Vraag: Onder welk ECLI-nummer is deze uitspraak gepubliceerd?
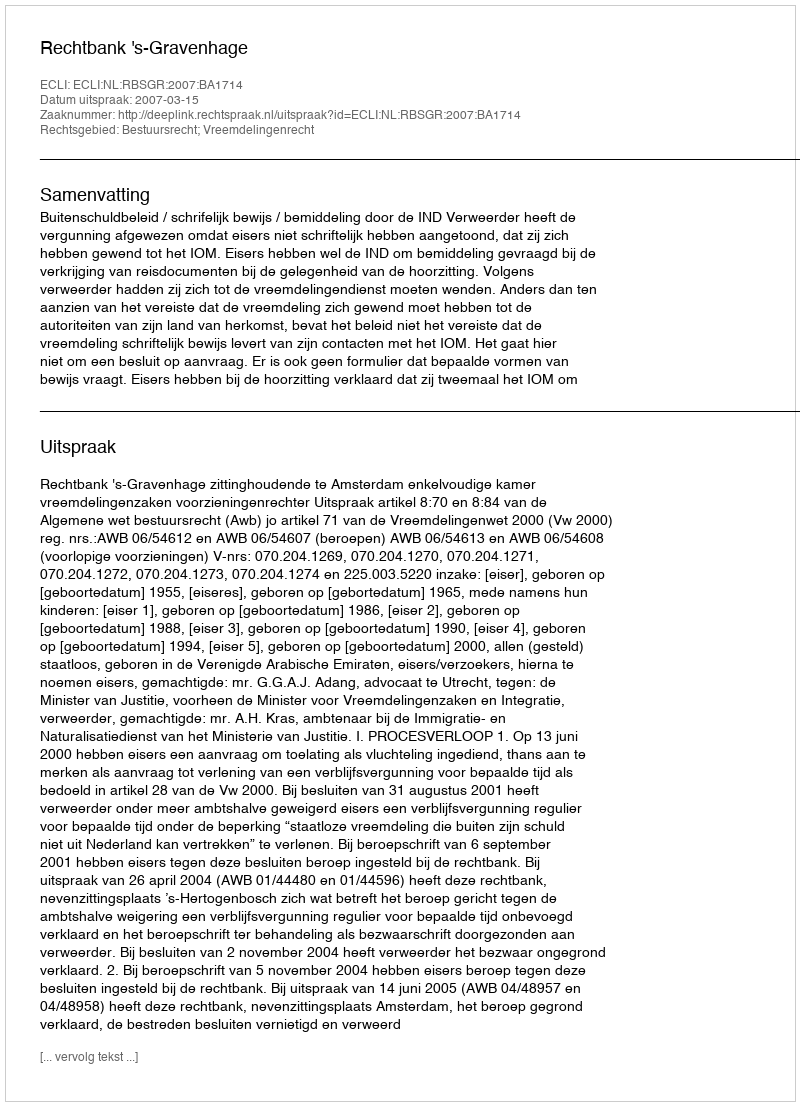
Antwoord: ECLI:NL:RBSGR:2007:BA1714